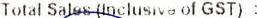
TOTAL SALES (INCLUSIVE OF GST) :